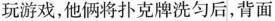
玩游戏，他俩将扑克牌洗匀后，背面